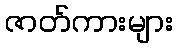
ဇာတ်ကားများ